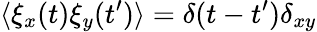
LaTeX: \langle\xi_{x}(t)\xi_{y}(t^{\prime})\rangle=\delta(t-t^{\prime})\delta_{xy}